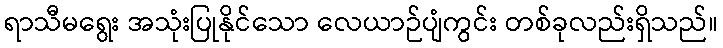
ရာသီမရွေး အသုံးပြုနိုင်သော လေယာဉ်ပျံကွင်း တစ်ခုလည်းရှိသည်။